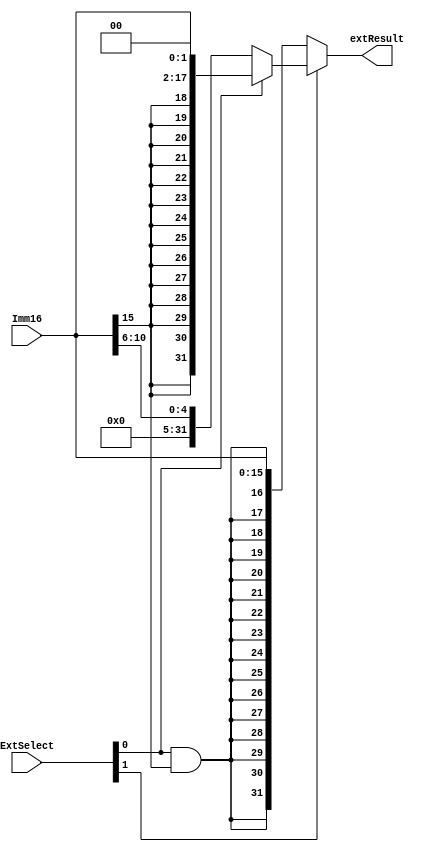
module ImmExt (
    input wire[15:0] Imm16,
    input wire[1:0] ExtSelect,

    output wire[31:0] extResult
);

    assign extResult = ExtSelect[1] ?
                        (ExtSelect[0] ? {{14{Imm16[15]}}, Imm16, 2'b00} : {27'h0, Imm16[10:6]})
                        : // signed / unsigned extension
                        {{16{ExtSelect[0] & Imm16[15]}} , Imm16};
endmodule